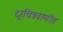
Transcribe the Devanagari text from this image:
दूरचित्रवाणीत